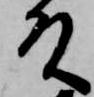
殿